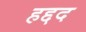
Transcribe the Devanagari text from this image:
हद्दद